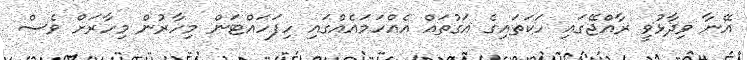
އޭނާ ވިދާޅުވީ ރާއްޖޭގައި ހަކަތައިގެ އަގުތައް އެއްހަމައެއްގައި ހިފަހައްޓަން މިހާރުން މިހާރަށް ވެސް